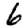
Digit: 6